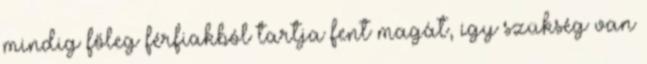
mindig főleg férfiakból tartja fent magát, így szükség van